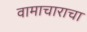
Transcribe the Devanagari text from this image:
वामाचाराचा